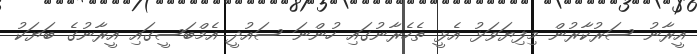
އީރާނު ސަރުކާރުން މިފިޔަވަޅު އެޅީ ތެހެރާނުގައި ހުންނަ ސައުދީ އެމްބަސީގައި އީރާނުގެ ބަޔަކު